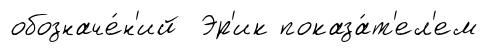
обозначе́н'ий Эр'ик показа́т'ел'ем